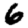
Digit: 6